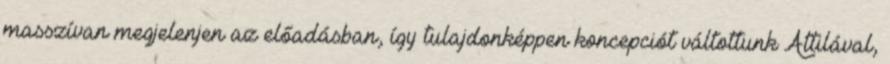
masszívan megjelenjen az előadásban, így tulajdonképpen koncepciót váltottunk Attilával,